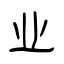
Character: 业